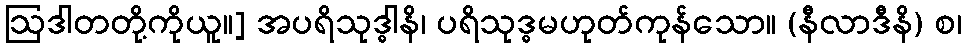
ဩဒါတတို့ကိုယူ။] အပရိသုဒ္ဓါနိ၊ ပရိသုဒ္ဓမဟုတ်ကုန်သော။ (နီလာဒီနိ) စ၊